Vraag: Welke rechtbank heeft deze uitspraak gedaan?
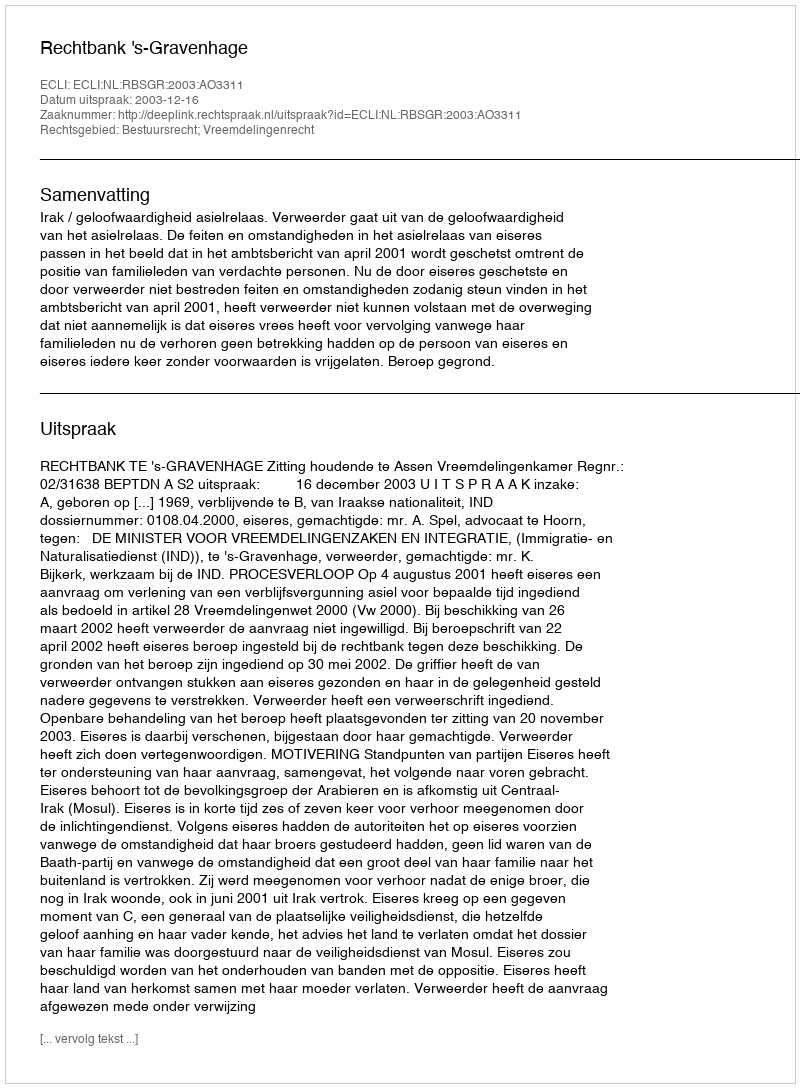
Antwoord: Rechtbank 's-Gravenhage